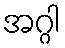
အဂ္ဂါ